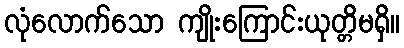
လုံလောက်သော ကျိုးကြောင်းယုတ္တိမရှိ။